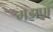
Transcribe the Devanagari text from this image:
गडापा